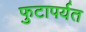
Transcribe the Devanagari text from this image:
फुटापर्यत